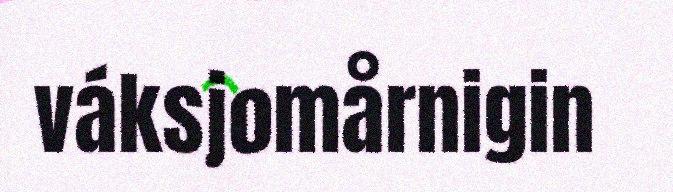
váksjomårnigin